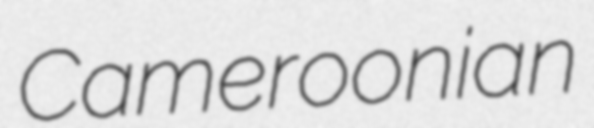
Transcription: Cameroonian